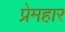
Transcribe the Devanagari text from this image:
प्रेमहार